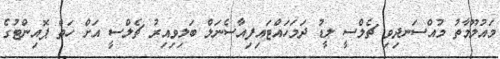
މައުލޫމާތު މުއްސަނދިވި ޗެލްސީ ލީޑު ދަމަހައްޓައިފިއާސެނަލް ބަލިވިއިރު ޗެލްސީ އަށް ހަތް ޕޮއިންޓުގެ